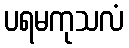
ပရမကုသလံ